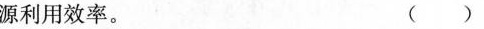
源利用效率。()